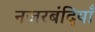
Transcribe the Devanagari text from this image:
नजरबंदियाँ